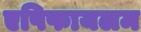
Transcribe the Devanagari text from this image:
एपिफायलम